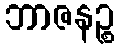
ဘာဇနဉ္စ